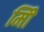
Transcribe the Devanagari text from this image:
मिी